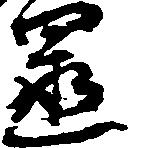
置